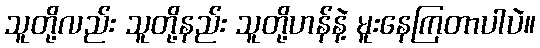
သူတို့လည်း သူတို့နည်း သူတို့ဟန်နဲ့ မူးနေကြတာပါပဲ။